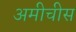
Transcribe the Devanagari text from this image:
अमीचीस